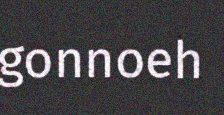
gonnoeh